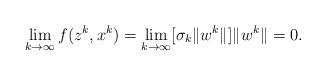
LaTeX: \begin{align*} \lim_{k \to \infty} f(z^k, x^k) = \lim_{k \to \infty} [\sigma_k\|w^k\|] \|w^k\| = 0.\end{align*}